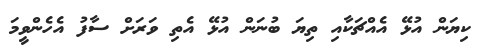
ކިޔަން އުޅޭ އެއްޗަކާއި ތިޔަ ބުނަން އުޅޭ އެތި ވަރަށް ސާފު އެހެންވީމަ